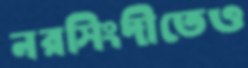
নরসিংদীতেও